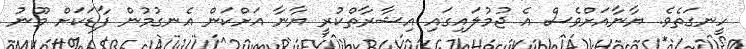
ހީނގަތެވެ. ޔާނާއަށްވެސް އެ ޖުމުލައިގައި އިޝާރާތްކުރީ ޔާނާ އަށްކަން އެނގުމުން ފާޑަކަށް މޫނު